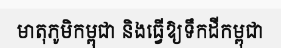
មាតុភូមិកម្ពុជា និងធ្វើឱ្យទឹកដីកម្ពុជា